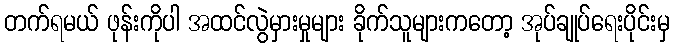
တက်ရမယ် ဖုန်းကိုပါ အထင်လွဲမှားမှုများ ခိုက်သူများကတော့ အုပ်ချုပ်ရေးပိုင်းမှ